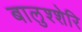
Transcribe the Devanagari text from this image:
बालुश्शेरि